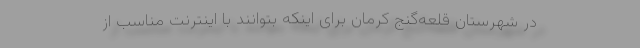
در شهرستان قلعه‌گنج کرمان برای اینکه بتوانند با اینترنت مناسب از